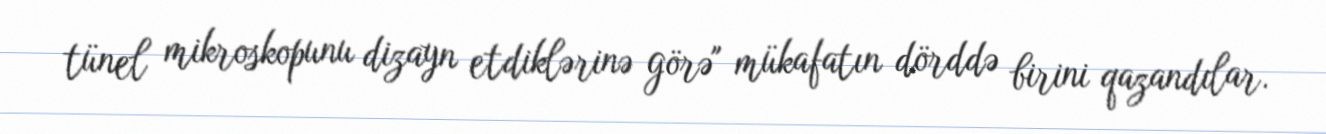
tünel mikroskopunu dizayn etdiklərinə görə" mükafatın dörddə birini qazandılar.